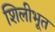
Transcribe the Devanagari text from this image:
शिलीभूत